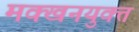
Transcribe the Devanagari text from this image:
मक्खनयुक्त